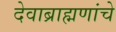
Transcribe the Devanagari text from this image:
देवाब्राह्मणांचे